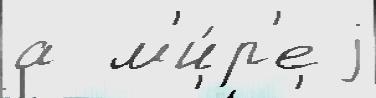
а  м'и́р'е j